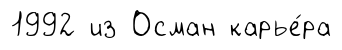
1992 из Осман карье́ра